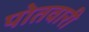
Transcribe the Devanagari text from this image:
पोतवारी